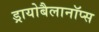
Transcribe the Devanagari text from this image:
ड्रायोबैलानॉप्स